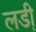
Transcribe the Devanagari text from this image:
लडी़